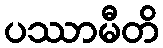
ပဿာမီတိ